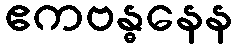
ဧကဗန္ဓနေန